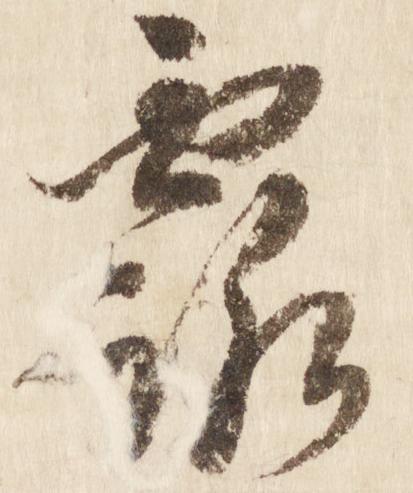
露